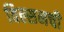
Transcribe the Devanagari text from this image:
विल्सनची